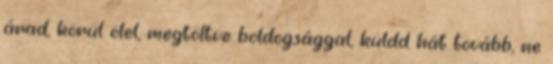
árad, körül ölel, megtöltve boldogsággal, küldd hát tovább, ne